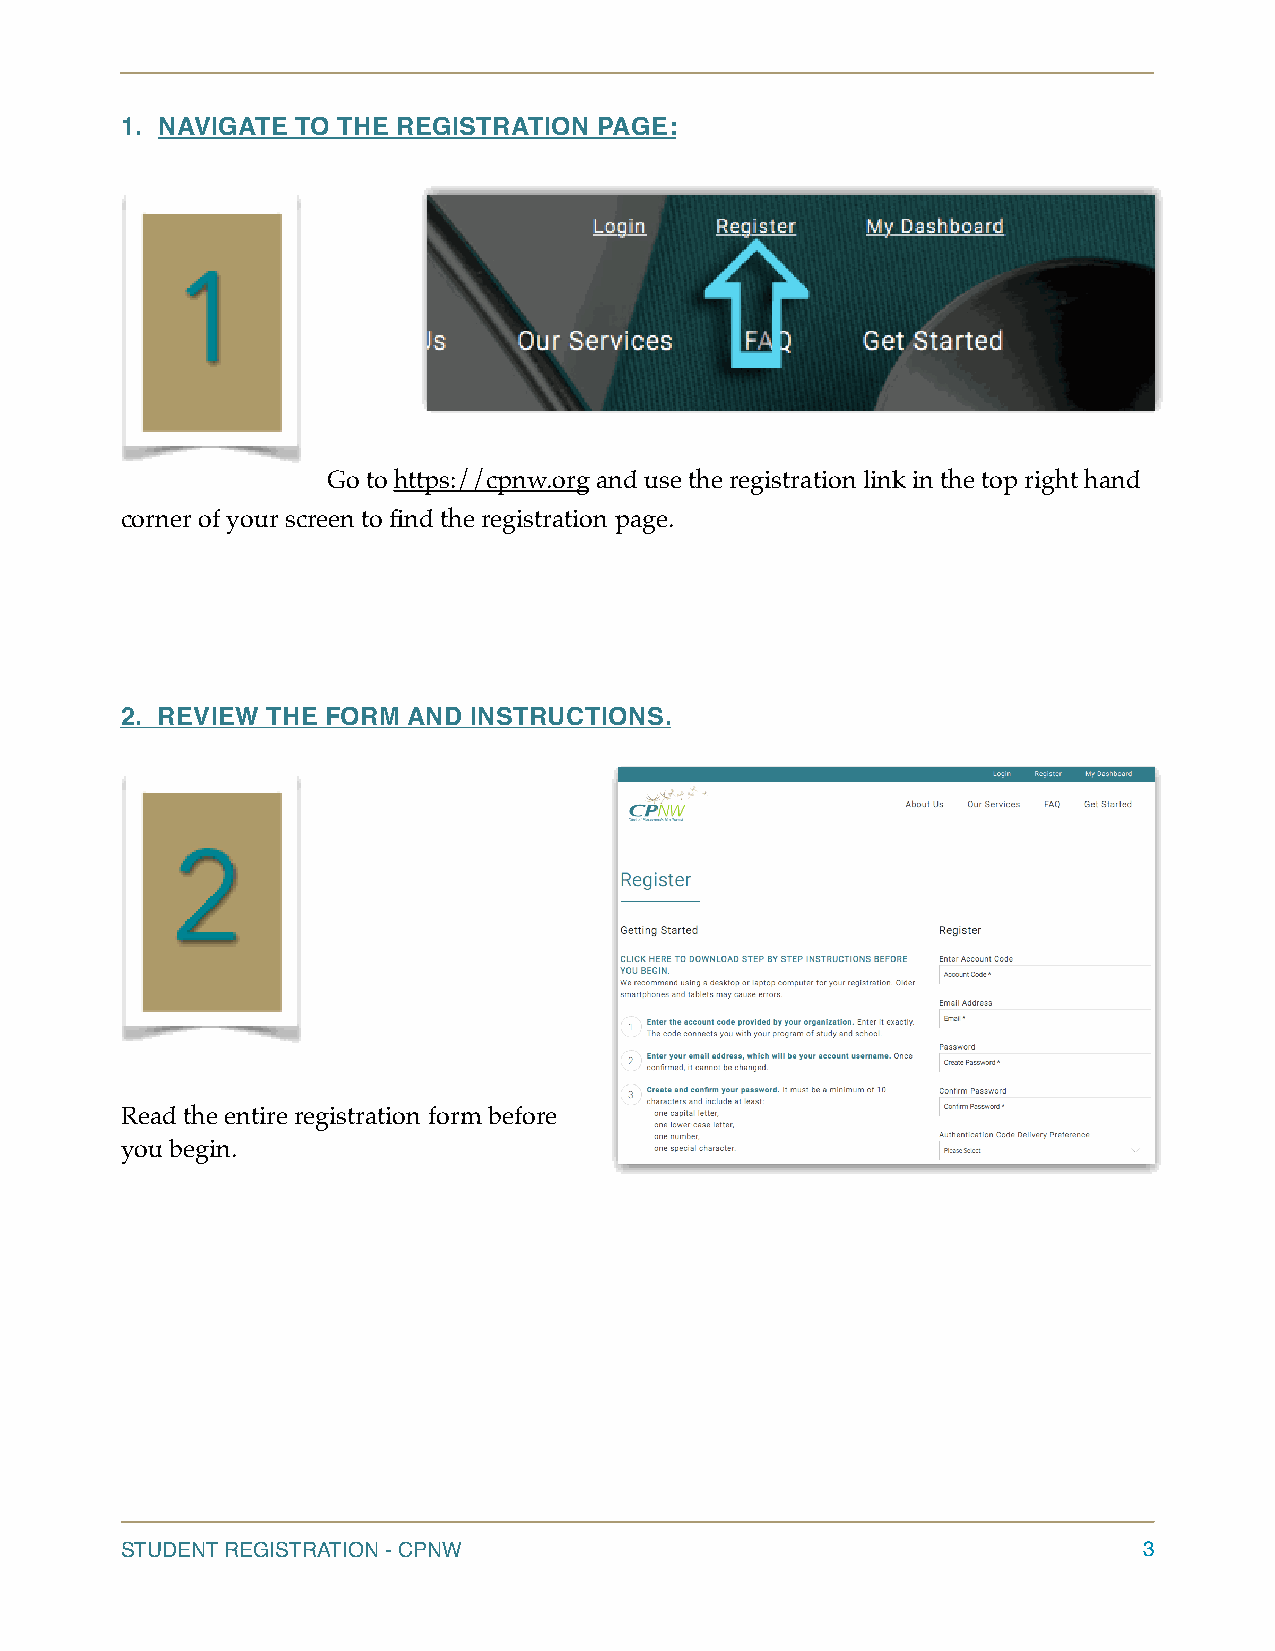
1. NAVIGATE TO THE REGISTRATION PAGE:
 Go to https://cpnw.org and use the registration link in the top right hand
 corner of your screen to find the registration page.
 2. REVIEW THE FORM AND INSTRUCTIONS.
 Read the entire registration form before
 you begin.
 STUDENT REGISTRATION - CPNW                                         3